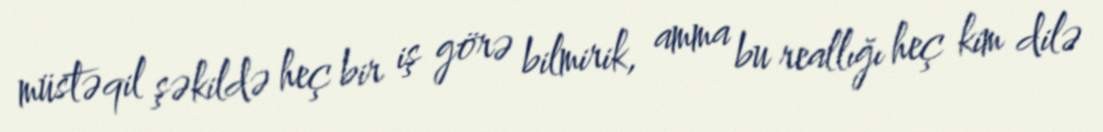
müstəqil şəkildə heç bir iş görə bilmirik, amma bu reallığı heç kim dilə